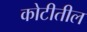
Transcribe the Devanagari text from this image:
कोटीतील